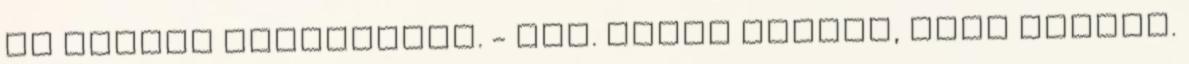
az ajtóra pillantott. - Nem. Ezért kérlek, hogy segíts.